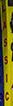
lassic